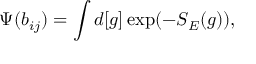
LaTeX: \Psi ( b _ { i j } ) = \int d [ g ] \exp ( - S _ { E } ( g ) ) ,